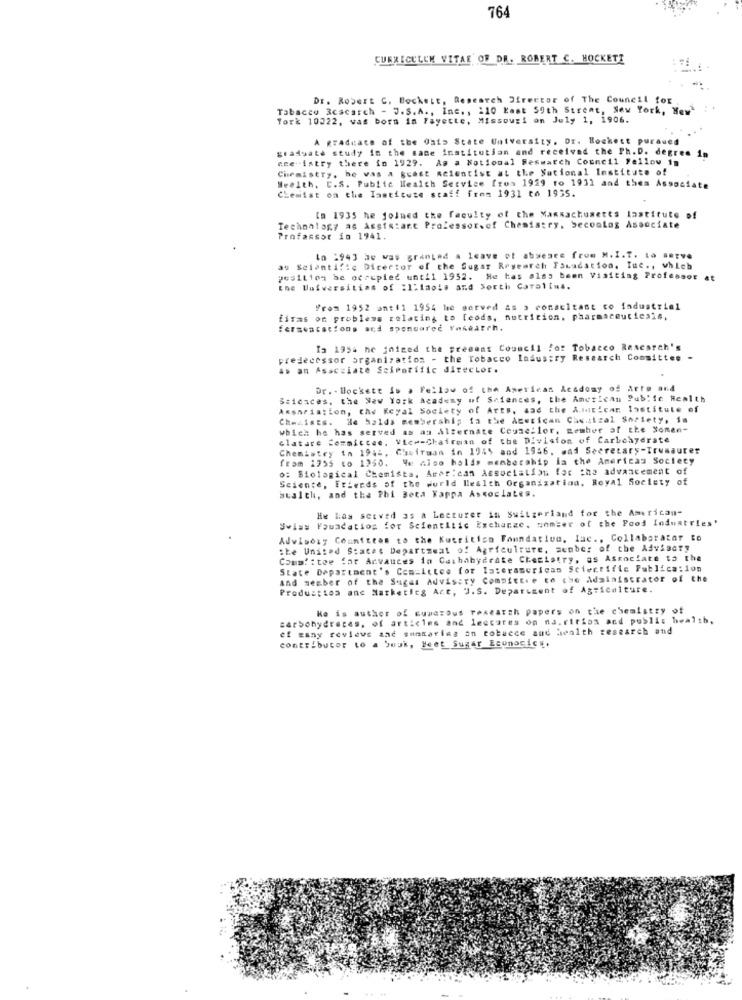
764
CURRICULUM VITAE OF DR. ROBERT C. HOCKETT
Dr. Robert C. Bockett, Research Director of The Council for
Tabacco Research - J.S.A ., Inc ., 110 East 59th Street, New York, New :.
York 10322, was born in Fayette, Missouri on July 1, 1906.
A graduate of the Oats State University. Dr. Bockest puraued
graduate study in the same institution and received the Ph.D. degree in
ene-istry there fo 1929. As a Notional Reswatch Council Fellow In
Chemistry, he vas a guest scientist at the National lostitute of
Weelth, C.S. Public Health Service from 1929 to 1931 and them Associate
Chemist on the Institute staff from 1931 to 1935.
Im 1935 he joined the faculty of the Massachusetts lastitute of
Technology as Assistant Professorsof Chemistry, Seconlos Associate
Profassor in 1941.
Lo 2943 he was granted a leave ot absence from M.I.T. La #etve
au Scientific Director of the Sugar Research Fawadation. Iuc ., which
yesilion be occupied until 1952. He has also been Visiting Professor at
the Universities of Illinois and South Carolina.
From 1952 ant(1 1954 he served as a consultant co fadustrial
firas on problems relating to leods, nutricion. pharmaceuticals,
fermentations and spendaree Yasearch.
Ia 1954 he jniced the present Council for Tobacco Research's
predecessor organization - the Tobacco Industry Research Committee
as an Associate Scientific director.
Dr. - Blockett is a Fellow of the American Academy of Arts and
Sticaces, the New York Academy of Sciences, the American Public Health
Ansariation, the Keyal Society of Arts, and the Amit!car lastitute of
Chezists. He halds membership fa the American Chwalzal Society, in
which he has served as an Alternate Councilor, member of the Sonen-
clature Committee, Vice-Chairman of the Division of Carbohydrate
Chemistry in 1942, Chairman in 1945 and 1956. wad Secretary-Trusaurer
from 1755 to 1250. We also holds membership la the Americas Society
>: Biological Chemists, American Association for the advancement of
Science, Friends of the world Health Organization, Royal Society of
stalth, and the Phi Beta Kappa Associates.
He Has served as a Lecturer in Switzerland for the American-
Swiss Foundation for Scientific Exchange, member of the Food Industries'
Advisory Committee to the Kutrition Foundation, lac ., Collaboratar to
the United States Department of Agriculture, member of the Advisory
Comm': tee for Acvauces in Cashabydrate Chemistry, as Associate to the
State Department's Committee for lateramerican Scientific Fublica:1on
and member of the Sugar Advisory Committee to the Administrator of the
Produsttos anc Marketieg Act, ".S. Department of Agriculture.
He is author of cumcrous research papers on the chemistry of
carbohydrates, of articles and lectores on na.ritios and public health,
ef wany reviews and smotaries an tobucce and health research and
contributor to a bwuk, Heet Sugar Econocicy,